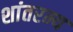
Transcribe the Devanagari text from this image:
शांतरम्य